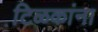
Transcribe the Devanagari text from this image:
टि़ळकांना